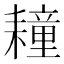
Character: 𦔛